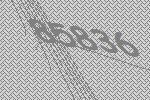
85836